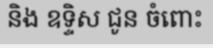
និង ឧទ្ទិស ជូន ចំពោះ